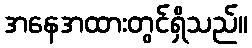
အနေအထားတွင်ရှိသည်။